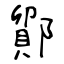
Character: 鄮